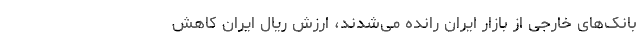
بانک‌های خارجی از بازار ایران رانده می‌شدند، ارزش ریال ایران کاهش